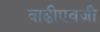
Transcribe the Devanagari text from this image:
वाढीएवजी